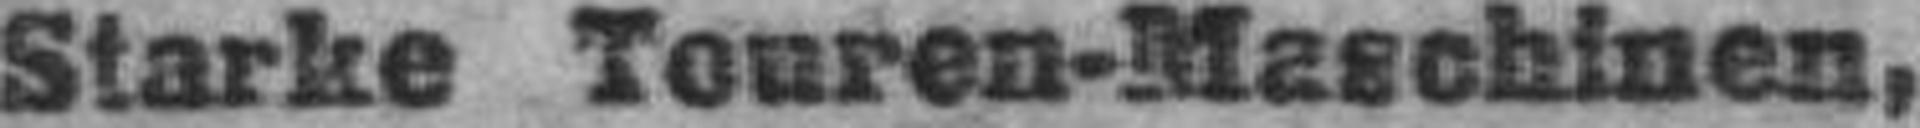
Starke Touren-Maschinen,